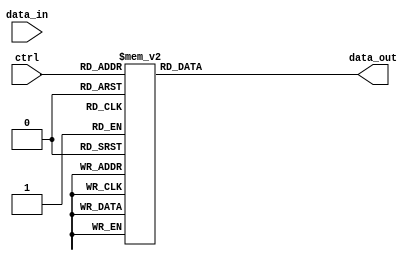
module demux_1to8 (
    input wire [2:0] ctrl,
    input wire data_in,
    output reg [7:0] data_out
);

always @(*)
begin
    case(ctrl)
        3'b000: data_out = 8'b00000001;
        3'b001: data_out = 8'b00000010;
        3'b010: data_out = 8'b00000100;
        3'b011: data_out = 8'b00001000;
        3'b100: data_out = 8'b00010000;
        3'b101: data_out = 8'b00100000;
        3'b110: data_out = 8'b01000000;
        3'b111: data_out = 8'b10000000;
    endcase
end

endmodule